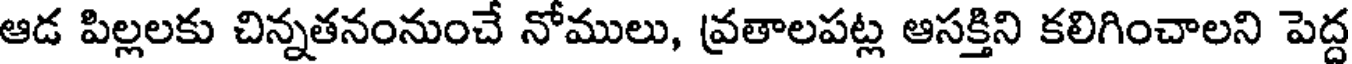
ఆడ పిల్లలకు చిన్నతనంనుంచే నోములు, వ్రతాలపట్ల ఆసక్తిని కలిగించాలని పెద్ద